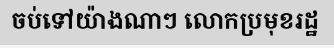
ចប់ទៅយ៉ាងណាៗ លោកប្រមុខរដ្ឋ